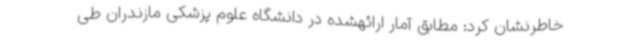
خاطرنشان کرد: مطابق آمار ارائهشده در دانشگاه علوم پزشکی مازندران طی